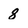
Character: 8